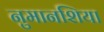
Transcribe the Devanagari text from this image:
नुमानशिया